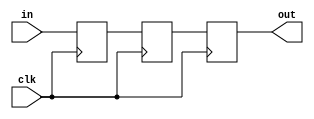
`timescale 1ns / 1ps

module sync(
input wire in,
input wire clk,
output wire out);

reg pipeline[2:0];

always@(posedge clk) begin
    pipeline[0]<=in;
    pipeline[1]<=pipeline[0];
    pipeline[2]<=pipeline[1];
end

assign out=pipeline[2];

endmodule